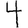
Digit: 4